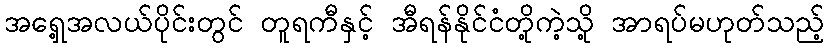
အရှေ့အလယ်ပိုင်းတွင် တူရကီနှင့် အီရန်နိုင်ငံတို့ကဲ့သို့ အာရပ်မဟုတ်သည့်